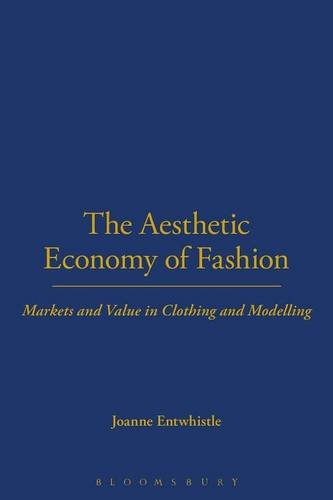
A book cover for The Aesthetic Economy of Fashion: Markets and Value in Clothing and Modelling (Dress, Body, Culture); Joanne Entwistle; Arts & Photography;